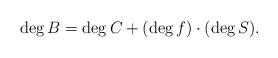
LaTeX: \begin{align*}\deg B = \deg C + (\deg f)\cdot (\deg S).\end{align*}